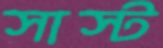
সাস্ট